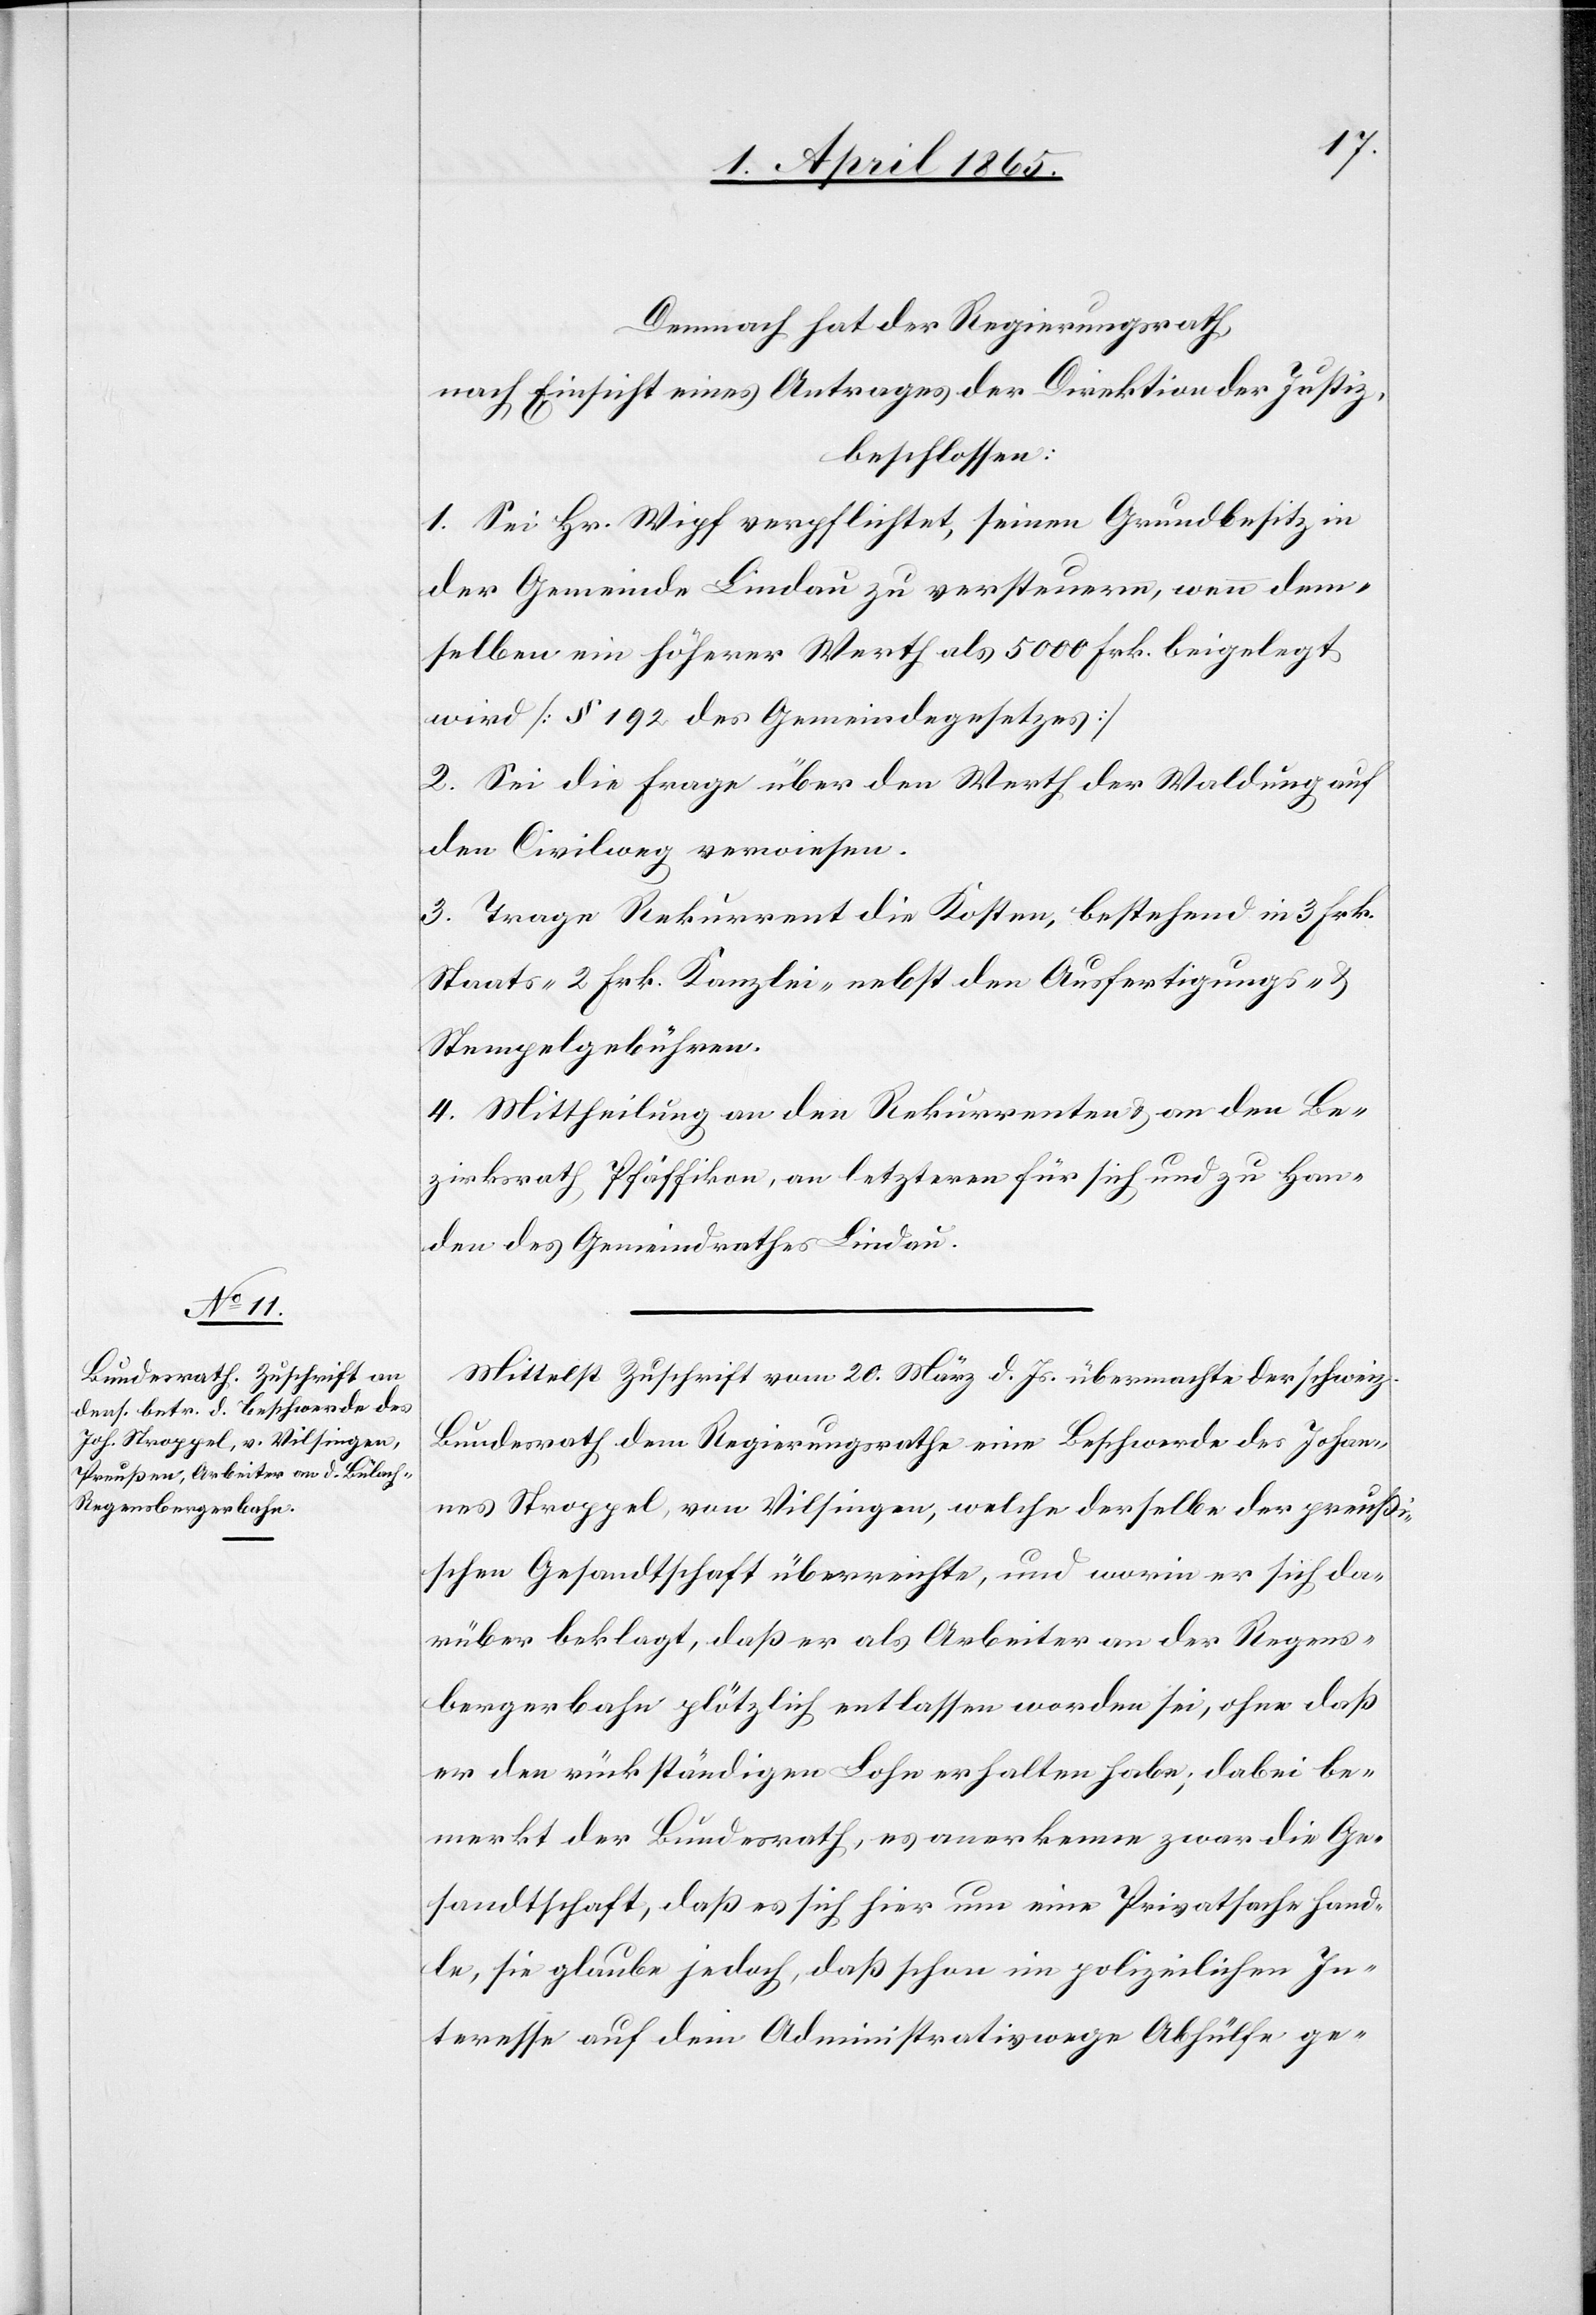
Demnach hat der Regierungsrath,
nach Einsicht eines Antrages der Direktion der Justiz,
beschlossen:
1. Sei Hr. Wipf verpflichtet, seinen Grundbesitz in
der Gemeinde Lindau zu versteuern, wenn dem¬
selben ein höherer Werth als 5000 Frk. beigelegt
wird [§ 192 des Gemeindegesetzes]
2. Sei die Frage über den Werth der Waldung auf
den Civilweg verwiesen.
3. Trage Rekurrent die Kosten, bestehend in 3 Frk.
Staats-[,] 2 Frk. Kanzlei- nebst den Ausfertigungs- &
Stempelgebühren.
4. Mittheilung an den Rekurrenten & an den Be¬
zirksrath Pfäffikon, an letzteren für sich und zu Han¬
den des Gemeindrathes Lindau.
Mittelst Zuschrift vom 20. März d. Js. übermachte der schweiz.
Bundesrath dem Regierungsrathe eine Beschwerde des Johan¬
nes Stroppel, von Vilsingen, welche derselbe der preußi¬
schen Gesandtschaft überreichte, und worin er sich da¬
rüber beklagt, daß er als Arbeiter an der Regens¬
bergerbahn plötzlich entlassen worden sei, ohne daß
er den rückständigen Lohn erhalten habe; dabei be¬
merkt der Bundesrath, es anerkenne zwar die Ge¬
sandtschaft, daß es sich hier um eine Privatsache hand¬
le, sie glaube jedoch, daß schon im polizeilichen In¬
teresse auf dem Administrativwege Abhülfe ge-